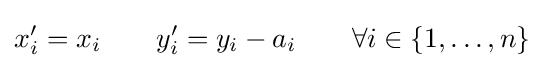
x_{i}^{\prime }=x_{i}\qquad y_{i}^{\prime }=y_{i}-a_{i}\qquad \forall i\in \{1,\dots ,n\}